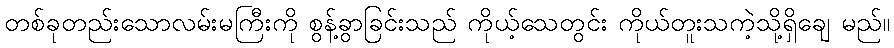
တစ်ခုတည်းသောလမ်းမကြီးကို စွန့်ခွာခြင်းသည် ကိုယ့်သေတွင်း ကိုယ်တူးသကဲ့သို့ရှိချေ မည်။